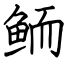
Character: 鲕